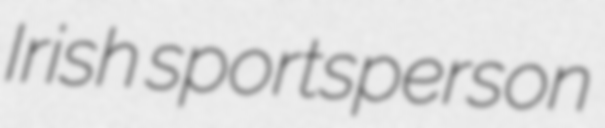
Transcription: Irish sportsperson